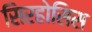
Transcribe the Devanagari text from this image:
सिरहोसिस